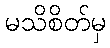
မသိစိတ်မှ